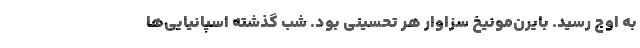
به اوج رسید. بایرن‌مونیخ سزاوار هر تحسینی بود. شب گذشته اسپانیایی‌ها